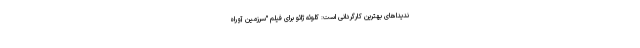
ندیداهای بهترین کارگردانی است: کلوئه ژائو برای فیلم "سرزمین آوراه